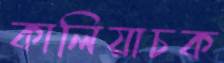
কালিয়াচক